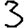
Digit: 3